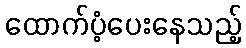
ထောက်ပံ့ပေးနေသည့်